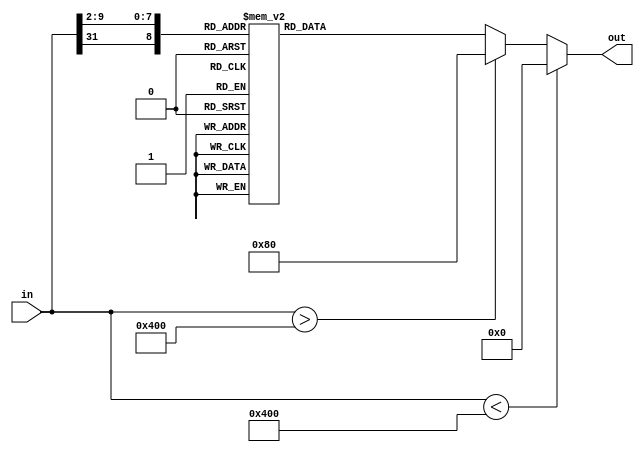
module sigmoid#(
    parameter dataLen = 32,
	parameter indexLen =9,
	parameter fracLen = 7
)(
	input[dataLen-1:0]in,
	output[dataLen-1:0]out
);

	wire signed [dataLen - 1 : 0] in;
	reg signed [dataLen - 1 : 0] out;
	reg [indexLen - 1 :0] index;

	always @(in)
	begin
		out = 0;

		if (in < -(8 << 7)) begin
			out = 0;
		end else if (in > (8 << 7)) begin
			out = 1<<7;
		end else begin
		index[indexLen-1]	= in[dataLen-1];
		index[indexLen-2:0]	= in[fracLen+indexLen-5:fracLen-5];
		case(index)
            //
            9'd0: out = 32'b00000000000000000000000001000000;
            9'd1: out = 32'b00000000000000000000000001000000;
            9'd2: out = 32'b00000000000000000000000001000001;
            9'd3: out = 32'b00000000000000000000000001000010;
            9'd4: out = 32'b00000000000000000000000001000011;
            9'd5: out = 32'b00000000000000000000000001000100;
            9'd6: out = 32'b00000000000000000000000001000101;
            9'd7: out = 32'b00000000000000000000000001000110;
            9'd8: out = 32'b00000000000000000000000001000111;
            9'd9: out = 32'b00000000000000000000000001001000;
            9'd10: out = 32'b00000000000000000000000001001001;
            9'd11: out = 32'b00000000000000000000000001001010;
            9'd12: out = 32'b00000000000000000000000001001011;
            9'd13: out = 32'b00000000000000000000000001001100;
            9'd14: out = 32'b00000000000000000000000001001101;
            9'd15: out = 32'b00000000000000000000000001001110;
            9'd16: out = 32'b00000000000000000000000001001111;
            9'd17: out = 32'b00000000000000000000000001010000;
            9'd18: out = 32'b00000000000000000000000001010001;
            9'd19: out = 32'b00000000000000000000000001010010;
            9'd20: out = 32'b00000000000000000000000001010011;
            9'd21: out = 32'b00000000000000000000000001010100;
            9'd22: out = 32'b00000000000000000000000001010101;
            9'd23: out = 32'b00000000000000000000000001010110;
            9'd24: out = 32'b00000000000000000000000001010110;
            9'd25: out = 32'b00000000000000000000000001010111;
            9'd26: out = 32'b00000000000000000000000001011000;
            9'd27: out = 32'b00000000000000000000000001011001;
            9'd28: out = 32'b00000000000000000000000001011010;
            9'd29: out = 32'b00000000000000000000000001011011;
            9'd30: out = 32'b00000000000000000000000001011011;
            9'd31: out = 32'b00000000000000000000000001011100;
            9'd32: out = 32'b00000000000000000000000001011101;
            9'd33: out = 32'b00000000000000000000000001011110;
            9'd34: out = 32'b00000000000000000000000001011111;
            9'd35: out = 32'b00000000000000000000000001011111;
            9'd36: out = 32'b00000000000000000000000001100000;
            9'd37: out = 32'b00000000000000000000000001100001;
            9'd38: out = 32'b00000000000000000000000001100010;
            9'd39: out = 32'b00000000000000000000000001100010;
            9'd40: out = 32'b00000000000000000000000001100011;
            9'd41: out = 32'b00000000000000000000000001100100;
            9'd42: out = 32'b00000000000000000000000001100100;
            9'd43: out = 32'b00000000000000000000000001100101;
            9'd44: out = 32'b00000000000000000000000001100110;
            9'd45: out = 32'b00000000000000000000000001100110;
            9'd46: out = 32'b00000000000000000000000001100111;
            9'd47: out = 32'b00000000000000000000000001101000;
            9'd48: out = 32'b00000000000000000000000001101000;
            9'd49: out = 32'b00000000000000000000000001101001;
            9'd50: out = 32'b00000000000000000000000001101001;
            9'd51: out = 32'b00000000000000000000000001101010;
            9'd52: out = 32'b00000000000000000000000001101010;
            9'd53: out = 32'b00000000000000000000000001101011;
            9'd54: out = 32'b00000000000000000000000001101100;
            9'd55: out = 32'b00000000000000000000000001101100;
            9'd56: out = 32'b00000000000000000000000001101101;
            9'd57: out = 32'b00000000000000000000000001101101;
            9'd58: out = 32'b00000000000000000000000001101110;
            9'd59: out = 32'b00000000000000000000000001101110;
            9'd60: out = 32'b00000000000000000000000001101110;
            9'd61: out = 32'b00000000000000000000000001101111;
            9'd62: out = 32'b00000000000000000000000001101111;
            9'd63: out = 32'b00000000000000000000000001110000;
            9'd64: out = 32'b00000000000000000000000001110000;
            9'd65: out = 32'b00000000000000000000000001110001;
            9'd66: out = 32'b00000000000000000000000001110001;
            9'd67: out = 32'b00000000000000000000000001110001;
            9'd68: out = 32'b00000000000000000000000001110010;
            9'd69: out = 32'b00000000000000000000000001110010;
            9'd70: out = 32'b00000000000000000000000001110011;
            9'd71: out = 32'b00000000000000000000000001110011;
            9'd72: out = 32'b00000000000000000000000001110011;
            9'd73: out = 32'b00000000000000000000000001110100;
            9'd74: out = 32'b00000000000000000000000001110100;
            9'd75: out = 32'b00000000000000000000000001110100;
            9'd76: out = 32'b00000000000000000000000001110101;
            9'd77: out = 32'b00000000000000000000000001110101;
            9'd78: out = 32'b00000000000000000000000001110101;
            9'd79: out = 32'b00000000000000000000000001110110;
            9'd80: out = 32'b00000000000000000000000001110110;
            9'd81: out = 32'b00000000000000000000000001110110;
            9'd82: out = 32'b00000000000000000000000001110110;
            9'd83: out = 32'b00000000000000000000000001110111;
            9'd84: out = 32'b00000000000000000000000001110111;
            9'd85: out = 32'b00000000000000000000000001110111;
            9'd86: out = 32'b00000000000000000000000001110111;
            9'd87: out = 32'b00000000000000000000000001111000;
            9'd88: out = 32'b00000000000000000000000001111000;
            9'd89: out = 32'b00000000000000000000000001111000;
            9'd90: out = 32'b00000000000000000000000001111000;
            9'd91: out = 32'b00000000000000000000000001111000;
            9'd92: out = 32'b00000000000000000000000001111001;
            9'd93: out = 32'b00000000000000000000000001111001;
            9'd94: out = 32'b00000000000000000000000001111001;
            9'd95: out = 32'b00000000000000000000000001111001;
            9'd96: out = 32'b00000000000000000000000001111001;
            9'd97: out = 32'b00000000000000000000000001111010;
            9'd98: out = 32'b00000000000000000000000001111010;
            9'd99: out = 32'b00000000000000000000000001111010;
            9'd100: out = 32'b00000000000000000000000001111010;
            9'd101: out = 32'b00000000000000000000000001111010;
            9'd102: out = 32'b00000000000000000000000001111010;
            9'd103: out = 32'b00000000000000000000000001111011;
            9'd104: out = 32'b00000000000000000000000001111011;
            9'd105: out = 32'b00000000000000000000000001111011;
            9'd106: out = 32'b00000000000000000000000001111011;
            9'd107: out = 32'b00000000000000000000000001111011;
            9'd108: out = 32'b00000000000000000000000001111011;
            9'd109: out = 32'b00000000000000000000000001111011;
            9'd110: out = 32'b00000000000000000000000001111100;
            9'd111: out = 32'b00000000000000000000000001111100;
            9'd112: out = 32'b00000000000000000000000001111100;
            9'd113: out = 32'b00000000000000000000000001111100;
            9'd114: out = 32'b00000000000000000000000001111100;
            9'd115: out = 32'b00000000000000000000000001111100;
            9'd116: out = 32'b00000000000000000000000001111100;
            9'd117: out = 32'b00000000000000000000000001111100;
            9'd118: out = 32'b00000000000000000000000001111100;
            9'd119: out = 32'b00000000000000000000000001111100;
            9'd120: out = 32'b00000000000000000000000001111101;
            9'd121: out = 32'b00000000000000000000000001111101;
            9'd122: out = 32'b00000000000000000000000001111101;
            9'd123: out = 32'b00000000000000000000000001111101;
            9'd124: out = 32'b00000000000000000000000001111101;
            9'd125: out = 32'b00000000000000000000000001111101;
            9'd126: out = 32'b00000000000000000000000001111101;
            9'd127: out = 32'b00000000000000000000000001111101;
            9'd128: out = 32'b00000000000000000000000001111101;
            9'd129: out = 32'b00000000000000000000000001111101;
            9'd130: out = 32'b00000000000000000000000001111101;
            9'd131: out = 32'b00000000000000000000000001111101;
            9'd132: out = 32'b00000000000000000000000001111101;
            9'd133: out = 32'b00000000000000000000000001111110;
            9'd134: out = 32'b00000000000000000000000001111110;
            9'd135: out = 32'b00000000000000000000000001111110;
            9'd136: out = 32'b00000000000000000000000001111110;
            9'd137: out = 32'b00000000000000000000000001111110;
            9'd138: out = 32'b00000000000000000000000001111110;
            9'd139: out = 32'b00000000000000000000000001111110;
            9'd140: out = 32'b00000000000000000000000001111110;
            9'd141: out = 32'b00000000000000000000000001111110;
            9'd142: out = 32'b00000000000000000000000001111110;
            9'd143: out = 32'b00000000000000000000000001111110;
            9'd144: out = 32'b00000000000000000000000001111110;
            9'd145: out = 32'b00000000000000000000000001111110;
            9'd146: out = 32'b00000000000000000000000001111110;
            9'd147: out = 32'b00000000000000000000000001111110;
            9'd148: out = 32'b00000000000000000000000001111110;
            9'd149: out = 32'b00000000000000000000000001111110;
            9'd150: out = 32'b00000000000000000000000001111110;
            9'd151: out = 32'b00000000000000000000000001111110;
            9'd152: out = 32'b00000000000000000000000001111110;
            9'd153: out = 32'b00000000000000000000000001111110;
            9'd154: out = 32'b00000000000000000000000001111110;
            9'd155: out = 32'b00000000000000000000000001111110;
            9'd156: out = 32'b00000000000000000000000001111111;
            9'd157: out = 32'b00000000000000000000000001111111;
            9'd158: out = 32'b00000000000000000000000001111111;
            9'd159: out = 32'b00000000000000000000000001111111;
            9'd160: out = 32'b00000000000000000000000001111111;
            9'd161: out = 32'b00000000000000000000000001111111;
            9'd162: out = 32'b00000000000000000000000001111111;
            9'd163: out = 32'b00000000000000000000000001111111;
            9'd164: out = 32'b00000000000000000000000001111111;
            9'd165: out = 32'b00000000000000000000000001111111;
            9'd166: out = 32'b00000000000000000000000001111111;
            9'd167: out = 32'b00000000000000000000000001111111;
            9'd168: out = 32'b00000000000000000000000001111111;
            9'd169: out = 32'b00000000000000000000000001111111;
            9'd170: out = 32'b00000000000000000000000001111111;
            9'd171: out = 32'b00000000000000000000000001111111;
            9'd172: out = 32'b00000000000000000000000001111111;
            9'd173: out = 32'b00000000000000000000000001111111;
            9'd174: out = 32'b00000000000000000000000001111111;
            9'd175: out = 32'b00000000000000000000000001111111;
            9'd176: out = 32'b00000000000000000000000001111111;
            9'd177: out = 32'b00000000000000000000000001111111;
            9'd178: out = 32'b00000000000000000000000001111111;
            9'd179: out = 32'b00000000000000000000000001111111;
            9'd180: out = 32'b00000000000000000000000001111111;
            9'd181: out = 32'b00000000000000000000000001111111;
            9'd182: out = 32'b00000000000000000000000001111111;
            9'd183: out = 32'b00000000000000000000000001111111;
            9'd184: out = 32'b00000000000000000000000001111111;
            9'd185: out = 32'b00000000000000000000000001111111;
            9'd186: out = 32'b00000000000000000000000001111111;
            9'd187: out = 32'b00000000000000000000000001111111;
            9'd188: out = 32'b00000000000000000000000001111111;
            9'd189: out = 32'b00000000000000000000000001111111;
            9'd190: out = 32'b00000000000000000000000001111111;
            9'd191: out = 32'b00000000000000000000000001111111;
            9'd192: out = 32'b00000000000000000000000001111111;
            9'd193: out = 32'b00000000000000000000000001111111;
            9'd194: out = 32'b00000000000000000000000001111111;
            9'd195: out = 32'b00000000000000000000000001111111;
            9'd196: out = 32'b00000000000000000000000001111111;
            9'd197: out = 32'b00000000000000000000000001111111;
            9'd198: out = 32'b00000000000000000000000001111111;
            9'd199: out = 32'b00000000000000000000000001111111;
            9'd200: out = 32'b00000000000000000000000001111111;
            9'd201: out = 32'b00000000000000000000000001111111;
            9'd202: out = 32'b00000000000000000000000001111111;
            9'd203: out = 32'b00000000000000000000000001111111;
            9'd204: out = 32'b00000000000000000000000001111111;
            9'd205: out = 32'b00000000000000000000000001111111;
            9'd206: out = 32'b00000000000000000000000001111111;
            9'd207: out = 32'b00000000000000000000000001111111;
            9'd208: out = 32'b00000000000000000000000001111111;
            9'd209: out = 32'b00000000000000000000000001111111;
            9'd210: out = 32'b00000000000000000000000001111111;
            9'd211: out = 32'b00000000000000000000000001111111;
            9'd212: out = 32'b00000000000000000000000001111111;
            9'd213: out = 32'b00000000000000000000000001111111;
            9'd214: out = 32'b00000000000000000000000001111111;
            9'd215: out = 32'b00000000000000000000000001111111;
            9'd216: out = 32'b00000000000000000000000001111111;
            9'd217: out = 32'b00000000000000000000000001111111;
            9'd218: out = 32'b00000000000000000000000001111111;
            9'd219: out = 32'b00000000000000000000000001111111;
            9'd220: out = 32'b00000000000000000000000001111111;
            9'd221: out = 32'b00000000000000000000000001111111;
            9'd222: out = 32'b00000000000000000000000001111111;
            9'd223: out = 32'b00000000000000000000000001111111;
            9'd224: out = 32'b00000000000000000000000001111111;
            9'd225: out = 32'b00000000000000000000000001111111;
            9'd226: out = 32'b00000000000000000000000001111111;
            9'd227: out = 32'b00000000000000000000000001111111;
            9'd228: out = 32'b00000000000000000000000001111111;
            9'd229: out = 32'b00000000000000000000000001111111;
            9'd230: out = 32'b00000000000000000000000001111111;
            9'd231: out = 32'b00000000000000000000000001111111;
            9'd232: out = 32'b00000000000000000000000001111111;
            9'd233: out = 32'b00000000000000000000000001111111;
            9'd234: out = 32'b00000000000000000000000001111111;
            9'd235: out = 32'b00000000000000000000000001111111;
            9'd236: out = 32'b00000000000000000000000001111111;
            9'd237: out = 32'b00000000000000000000000001111111;
            9'd238: out = 32'b00000000000000000000000001111111;
            9'd239: out = 32'b00000000000000000000000001111111;
            9'd240: out = 32'b00000000000000000000000001111111;
            9'd241: out = 32'b00000000000000000000000001111111;
            9'd242: out = 32'b00000000000000000000000001111111;
            9'd243: out = 32'b00000000000000000000000001111111;
            9'd244: out = 32'b00000000000000000000000001111111;
            9'd245: out = 32'b00000000000000000000000001111111;
            9'd246: out = 32'b00000000000000000000000001111111;
            9'd247: out = 32'b00000000000000000000000001111111;
            9'd248: out = 32'b00000000000000000000000001111111;
            9'd249: out = 32'b00000000000000000000000001111111;
            9'd250: out = 32'b00000000000000000000000001111111;
            9'd251: out = 32'b00000000000000000000000001111111;
            9'd252: out = 32'b00000000000000000000000001111111;
            9'd253: out = 32'b00000000000000000000000001111111;
            9'd254: out = 32'b00000000000000000000000001111111;
            9'd255: out = 32'b00000000000000000000000001111111;
            9'd257: out = 32'b00000000000000000000000000000000;
            9'd258: out = 32'b00000000000000000000000000000000;
            9'd259: out = 32'b00000000000000000000000000000000;
            9'd260: out = 32'b00000000000000000000000000000000;
            9'd261: out = 32'b00000000000000000000000000000000;
            9'd262: out = 32'b00000000000000000000000000000000;
            9'd263: out = 32'b00000000000000000000000000000000;
            9'd264: out = 32'b00000000000000000000000000000000;
            9'd265: out = 32'b00000000000000000000000000000000;
            9'd266: out = 32'b00000000000000000000000000000000;
            9'd267: out = 32'b00000000000000000000000000000000;
            9'd268: out = 32'b00000000000000000000000000000000;
            9'd269: out = 32'b00000000000000000000000000000000;
            9'd270: out = 32'b00000000000000000000000000000000;
            9'd271: out = 32'b00000000000000000000000000000000;
            9'd272: out = 32'b00000000000000000000000000000000;
            9'd273: out = 32'b00000000000000000000000000000000;
            9'd274: out = 32'b00000000000000000000000000000000;
            9'd275: out = 32'b00000000000000000000000000000000;
            9'd276: out = 32'b00000000000000000000000000000000;
            9'd277: out = 32'b00000000000000000000000000000000;
            9'd278: out = 32'b00000000000000000000000000000000;
            9'd279: out = 32'b00000000000000000000000000000000;
            9'd280: out = 32'b00000000000000000000000000000000;
            9'd281: out = 32'b00000000000000000000000000000000;
            9'd282: out = 32'b00000000000000000000000000000000;
            9'd283: out = 32'b00000000000000000000000000000000;
            9'd284: out = 32'b00000000000000000000000000000000;
            9'd285: out = 32'b00000000000000000000000000000000;
            9'd286: out = 32'b00000000000000000000000000000000;
            9'd287: out = 32'b00000000000000000000000000000000;
            9'd288: out = 32'b00000000000000000000000000000000;
            9'd289: out = 32'b00000000000000000000000000000000;
            9'd290: out = 32'b00000000000000000000000000000000;
            9'd291: out = 32'b00000000000000000000000000000000;
            9'd292: out = 32'b00000000000000000000000000000000;
            9'd293: out = 32'b00000000000000000000000000000000;
            9'd294: out = 32'b00000000000000000000000000000000;
            9'd295: out = 32'b00000000000000000000000000000000;
            9'd296: out = 32'b00000000000000000000000000000000;
            9'd297: out = 32'b00000000000000000000000000000000;
            9'd298: out = 32'b00000000000000000000000000000000;
            9'd299: out = 32'b00000000000000000000000000000000;
            9'd300: out = 32'b00000000000000000000000000000000;
            9'd301: out = 32'b00000000000000000000000000000000;
            9'd302: out = 32'b00000000000000000000000000000000;
            9'd303: out = 32'b00000000000000000000000000000000;
            9'd304: out = 32'b00000000000000000000000000000000;
            9'd305: out = 32'b00000000000000000000000000000000;
            9'd306: out = 32'b00000000000000000000000000000000;
            9'd307: out = 32'b00000000000000000000000000000000;
            9'd308: out = 32'b00000000000000000000000000000000;
            9'd309: out = 32'b00000000000000000000000000000000;
            9'd310: out = 32'b00000000000000000000000000000000;
            9'd311: out = 32'b00000000000000000000000000000000;
            9'd312: out = 32'b00000000000000000000000000000000;
            9'd313: out = 32'b00000000000000000000000000000000;
            9'd314: out = 32'b00000000000000000000000000000000;
            9'd315: out = 32'b00000000000000000000000000000000;
            9'd316: out = 32'b00000000000000000000000000000000;
            9'd317: out = 32'b00000000000000000000000000000000;
            9'd318: out = 32'b00000000000000000000000000000000;
            9'd319: out = 32'b00000000000000000000000000000000;
            9'd320: out = 32'b00000000000000000000000000000000;
            9'd321: out = 32'b00000000000000000000000000000000;
            9'd322: out = 32'b00000000000000000000000000000000;
            9'd323: out = 32'b00000000000000000000000000000000;
            9'd324: out = 32'b00000000000000000000000000000000;
            9'd325: out = 32'b00000000000000000000000000000000;
            9'd326: out = 32'b00000000000000000000000000000000;
            9'd327: out = 32'b00000000000000000000000000000000;
            9'd328: out = 32'b00000000000000000000000000000000;
            9'd329: out = 32'b00000000000000000000000000000000;
            9'd330: out = 32'b00000000000000000000000000000000;
            9'd331: out = 32'b00000000000000000000000000000000;
            9'd332: out = 32'b00000000000000000000000000000000;
            9'd333: out = 32'b00000000000000000000000000000000;
            9'd334: out = 32'b00000000000000000000000000000000;
            9'd335: out = 32'b00000000000000000000000000000000;
            9'd336: out = 32'b00000000000000000000000000000000;
            9'd337: out = 32'b00000000000000000000000000000000;
            9'd338: out = 32'b00000000000000000000000000000000;
            9'd339: out = 32'b00000000000000000000000000000000;
            9'd340: out = 32'b00000000000000000000000000000000;
            9'd341: out = 32'b00000000000000000000000000000000;
            9'd342: out = 32'b00000000000000000000000000000000;
            9'd343: out = 32'b00000000000000000000000000000000;
            9'd344: out = 32'b00000000000000000000000000000000;
            9'd345: out = 32'b00000000000000000000000000000000;
            9'd346: out = 32'b00000000000000000000000000000000;
            9'd347: out = 32'b00000000000000000000000000000000;
            9'd348: out = 32'b00000000000000000000000000000000;
            9'd349: out = 32'b00000000000000000000000000000000;
            9'd350: out = 32'b00000000000000000000000000000000;
            9'd351: out = 32'b00000000000000000000000000000000;
            9'd352: out = 32'b00000000000000000000000000000000;
            9'd353: out = 32'b00000000000000000000000000000000;
            9'd354: out = 32'b00000000000000000000000000000000;
            9'd355: out = 32'b00000000000000000000000000000000;
            9'd356: out = 32'b00000000000000000000000000000000;
            9'd357: out = 32'b00000000000000000000000000000001;
            9'd358: out = 32'b00000000000000000000000000000001;
            9'd359: out = 32'b00000000000000000000000000000001;
            9'd360: out = 32'b00000000000000000000000000000001;
            9'd361: out = 32'b00000000000000000000000000000001;
            9'd362: out = 32'b00000000000000000000000000000001;
            9'd363: out = 32'b00000000000000000000000000000001;
            9'd364: out = 32'b00000000000000000000000000000001;
            9'd365: out = 32'b00000000000000000000000000000001;
            9'd366: out = 32'b00000000000000000000000000000001;
            9'd367: out = 32'b00000000000000000000000000000001;
            9'd368: out = 32'b00000000000000000000000000000001;
            9'd369: out = 32'b00000000000000000000000000000001;
            9'd370: out = 32'b00000000000000000000000000000001;
            9'd371: out = 32'b00000000000000000000000000000001;
            9'd372: out = 32'b00000000000000000000000000000001;
            9'd373: out = 32'b00000000000000000000000000000001;
            9'd374: out = 32'b00000000000000000000000000000001;
            9'd375: out = 32'b00000000000000000000000000000001;
            9'd376: out = 32'b00000000000000000000000000000001;
            9'd377: out = 32'b00000000000000000000000000000001;
            9'd378: out = 32'b00000000000000000000000000000001;
            9'd379: out = 32'b00000000000000000000000000000001;
            9'd380: out = 32'b00000000000000000000000000000010;
            9'd381: out = 32'b00000000000000000000000000000010;
            9'd382: out = 32'b00000000000000000000000000000010;
            9'd383: out = 32'b00000000000000000000000000000010;
            9'd384: out = 32'b00000000000000000000000000000010;
            9'd385: out = 32'b00000000000000000000000000000010;
            9'd386: out = 32'b00000000000000000000000000000010;
            9'd387: out = 32'b00000000000000000000000000000010;
            9'd388: out = 32'b00000000000000000000000000000010;
            9'd389: out = 32'b00000000000000000000000000000010;
            9'd390: out = 32'b00000000000000000000000000000010;
            9'd391: out = 32'b00000000000000000000000000000010;
            9'd392: out = 32'b00000000000000000000000000000010;
            9'd393: out = 32'b00000000000000000000000000000011;
            9'd394: out = 32'b00000000000000000000000000000011;
            9'd395: out = 32'b00000000000000000000000000000011;
            9'd396: out = 32'b00000000000000000000000000000011;
            9'd397: out = 32'b00000000000000000000000000000011;
            9'd398: out = 32'b00000000000000000000000000000011;
            9'd399: out = 32'b00000000000000000000000000000011;
            9'd400: out = 32'b00000000000000000000000000000011;
            9'd401: out = 32'b00000000000000000000000000000011;
            9'd402: out = 32'b00000000000000000000000000000011;
            9'd403: out = 32'b00000000000000000000000000000100;
            9'd404: out = 32'b00000000000000000000000000000100;
            9'd405: out = 32'b00000000000000000000000000000100;
            9'd406: out = 32'b00000000000000000000000000000100;
            9'd407: out = 32'b00000000000000000000000000000100;
            9'd408: out = 32'b00000000000000000000000000000100;
            9'd409: out = 32'b00000000000000000000000000000100;
            9'd410: out = 32'b00000000000000000000000000000101;
            9'd411: out = 32'b00000000000000000000000000000101;
            9'd412: out = 32'b00000000000000000000000000000101;
            9'd413: out = 32'b00000000000000000000000000000101;
            9'd414: out = 32'b00000000000000000000000000000101;
            9'd415: out = 32'b00000000000000000000000000000101;
            9'd416: out = 32'b00000000000000000000000000000110;
            9'd417: out = 32'b00000000000000000000000000000110;
            9'd418: out = 32'b00000000000000000000000000000110;
            9'd419: out = 32'b00000000000000000000000000000110;
            9'd420: out = 32'b00000000000000000000000000000110;
            9'd421: out = 32'b00000000000000000000000000000111;
            9'd422: out = 32'b00000000000000000000000000000111;
            9'd423: out = 32'b00000000000000000000000000000111;
            9'd424: out = 32'b00000000000000000000000000000111;
            9'd425: out = 32'b00000000000000000000000000000111;
            9'd426: out = 32'b00000000000000000000000000001000;
            9'd427: out = 32'b00000000000000000000000000001000;
            9'd428: out = 32'b00000000000000000000000000001000;
            9'd429: out = 32'b00000000000000000000000000001000;
            9'd430: out = 32'b00000000000000000000000000001001;
            9'd431: out = 32'b00000000000000000000000000001001;
            9'd432: out = 32'b00000000000000000000000000001001;
            9'd433: out = 32'b00000000000000000000000000001001;
            9'd434: out = 32'b00000000000000000000000000001010;
            9'd435: out = 32'b00000000000000000000000000001010;
            9'd436: out = 32'b00000000000000000000000000001010;
            9'd437: out = 32'b00000000000000000000000000001011;
            9'd438: out = 32'b00000000000000000000000000001011;
            9'd439: out = 32'b00000000000000000000000000001011;
            9'd440: out = 32'b00000000000000000000000000001100;
            9'd441: out = 32'b00000000000000000000000000001100;
            9'd442: out = 32'b00000000000000000000000000001100;
            9'd443: out = 32'b00000000000000000000000000001101;
            9'd444: out = 32'b00000000000000000000000000001101;
            9'd445: out = 32'b00000000000000000000000000001110;
            9'd446: out = 32'b00000000000000000000000000001110;
            9'd447: out = 32'b00000000000000000000000000001110;
            9'd448: out = 32'b00000000000000000000000000001111;
            9'd449: out = 32'b00000000000000000000000000001111;
            9'd450: out = 32'b00000000000000000000000000010000;
            9'd451: out = 32'b00000000000000000000000000010000;
            9'd452: out = 32'b00000000000000000000000000010001;
            9'd453: out = 32'b00000000000000000000000000010001;
            9'd454: out = 32'b00000000000000000000000000010001;
            9'd455: out = 32'b00000000000000000000000000010010;
            9'd456: out = 32'b00000000000000000000000000010010;
            9'd457: out = 32'b00000000000000000000000000010011;
            9'd458: out = 32'b00000000000000000000000000010011;
            9'd459: out = 32'b00000000000000000000000000010100;
            9'd460: out = 32'b00000000000000000000000000010101;
            9'd461: out = 32'b00000000000000000000000000010101;
            9'd462: out = 32'b00000000000000000000000000010110;
            9'd463: out = 32'b00000000000000000000000000010110;
            9'd464: out = 32'b00000000000000000000000000010111;
            9'd465: out = 32'b00000000000000000000000000010111;
            9'd466: out = 32'b00000000000000000000000000011000;
            9'd467: out = 32'b00000000000000000000000000011001;
            9'd468: out = 32'b00000000000000000000000000011001;
            9'd469: out = 32'b00000000000000000000000000011010;
            9'd470: out = 32'b00000000000000000000000000011011;
            9'd471: out = 32'b00000000000000000000000000011011;
            9'd472: out = 32'b00000000000000000000000000011100;
            9'd473: out = 32'b00000000000000000000000000011101;
            9'd474: out = 32'b00000000000000000000000000011101;
            9'd475: out = 32'b00000000000000000000000000011110;
            9'd476: out = 32'b00000000000000000000000000011111;
            9'd477: out = 32'b00000000000000000000000000100000;
            9'd478: out = 32'b00000000000000000000000000100000;
            9'd479: out = 32'b00000000000000000000000000100001;
            9'd480: out = 32'b00000000000000000000000000100010;
            9'd481: out = 32'b00000000000000000000000000100011;
            9'd482: out = 32'b00000000000000000000000000100100;
            9'd483: out = 32'b00000000000000000000000000100100;
            9'd484: out = 32'b00000000000000000000000000100101;
            9'd485: out = 32'b00000000000000000000000000100110;
            9'd486: out = 32'b00000000000000000000000000100111;
            9'd487: out = 32'b00000000000000000000000000101000;
            9'd488: out = 32'b00000000000000000000000000101001;
            9'd489: out = 32'b00000000000000000000000000101001;
            9'd490: out = 32'b00000000000000000000000000101010;
            9'd491: out = 32'b00000000000000000000000000101011;
            9'd492: out = 32'b00000000000000000000000000101100;
            9'd493: out = 32'b00000000000000000000000000101101;
            9'd494: out = 32'b00000000000000000000000000101110;
            9'd495: out = 32'b00000000000000000000000000101111;
            9'd496: out = 32'b00000000000000000000000000110000;
            9'd497: out = 32'b00000000000000000000000000110001;
            9'd498: out = 32'b00000000000000000000000000110010;
            9'd499: out = 32'b00000000000000000000000000110011;
            9'd500: out = 32'b00000000000000000000000000110100;
            9'd501: out = 32'b00000000000000000000000000110101;
            9'd502: out = 32'b00000000000000000000000000110110;
            9'd503: out = 32'b00000000000000000000000000110111;
            9'd504: out = 32'b00000000000000000000000000111000;
            9'd505: out = 32'b00000000000000000000000000111001;
            9'd506: out = 32'b00000000000000000000000000111010;
            9'd507: out = 32'b00000000000000000000000000111011;
            9'd508: out = 32'b00000000000000000000000000111100;
            9'd509: out = 32'b00000000000000000000000000111101;
            9'd510: out = 32'b00000000000000000000000000111110;
            9'd511: out = 32'b00000000000000000000000000111111;
		endcase
		end
	end

endmodule